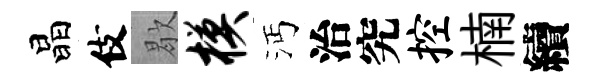
晶伎歇模沔治究控楠續